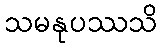
သမနုပဿသိ